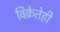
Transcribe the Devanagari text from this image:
विक्रेतेही